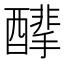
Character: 䤏